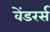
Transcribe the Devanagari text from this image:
वेंडरर्स